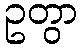
ဥတွာ